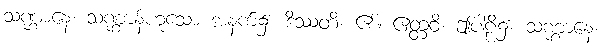
သဏ္ဌာနေ၊ သဏ္ဌာန်ဟူသော အနက်၌။ ဒိဿတိ၊ ၏။ ဧတ္တဝိ၊ ဤပါဠိ၌။ သဏ္ဌာနေ၊